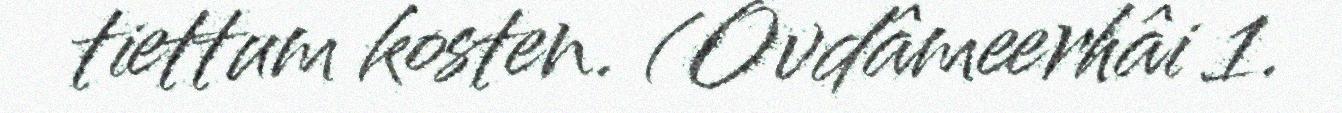
tiettum kosten. (Ovdâmeerhâi 1.